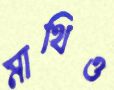
মাথিও